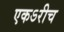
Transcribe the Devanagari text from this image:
एकऽरीच